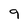
Character: 9